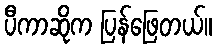
ပီကာဆိုက ပြန်ဖြေတယ်။